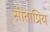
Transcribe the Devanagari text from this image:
सीताप्रिय